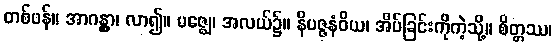
တစ်ဖန်။ အာဂန္တွာ၊ လာ၍။ မဇ္ဈေ၊ အလယ်၌။ နိပဇ္ဇနံဝိယ၊ အိပ်ခြင်းကိုကဲ့သို့။ စိတ္တဿ၊